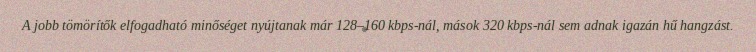
A jobb tömörítők elfogadható minőséget nyújtanak már 128–160 kbps-nál, mások 320 kbps-nál sem adnak igazán hű hangzást.